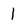
Character: l